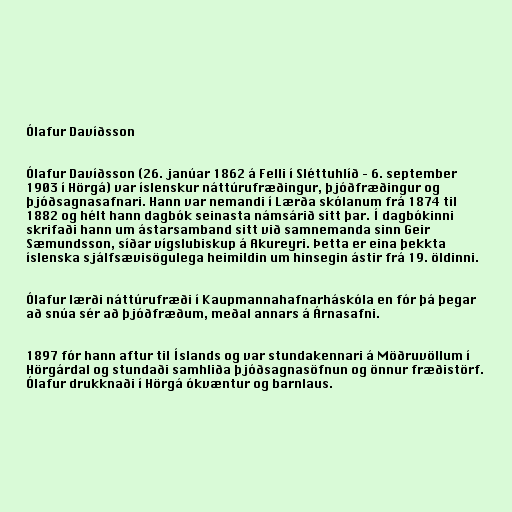
Ólafur Davíðsson

Ólafur Davíðsson (26. janúar 1862 á Felli í Sléttuhlíð – 6. september
1903 í Hörgá) var íslenskur náttúrufræðingur, þjóðfræðingur og
þjóðsagnasafnari. Hann var nemandi í Lærða skólanum frá 1874 til
1882 og hélt hann dagbók seinasta námsárið sitt þar. Í dagbókinni
skrifaði hann um ástarsamband sitt við samnemanda sinn Geir
Sæmundsson, síðar vígslubiskup á Akureyri. Þetta er eina þekkta
íslenska sjálfsævisögulega heimildin um hinsegin ástir frá 19. öldinni.

Ólafur lærði náttúrufræði í Kaupmannahafnarháskóla en fór þá þegar
að snúa sér að þjóðfræðum, meðal annars á Árnasafni.

1897 fór hann aftur til Íslands og var stundakennari á Möðruvöllum í
Hörgárdal og stundaði samhliða þjóðsagnasöfnun og önnur fræðistörf.
Ólafur drukknaði í Hörgá ókvæntur og barnlaus.